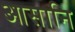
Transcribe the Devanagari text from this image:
आसानि